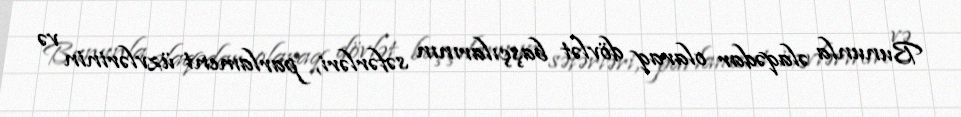
Bununla əlaqədar olaraq dövlət başçılarının səfərləri, parlament üzvlərinin və